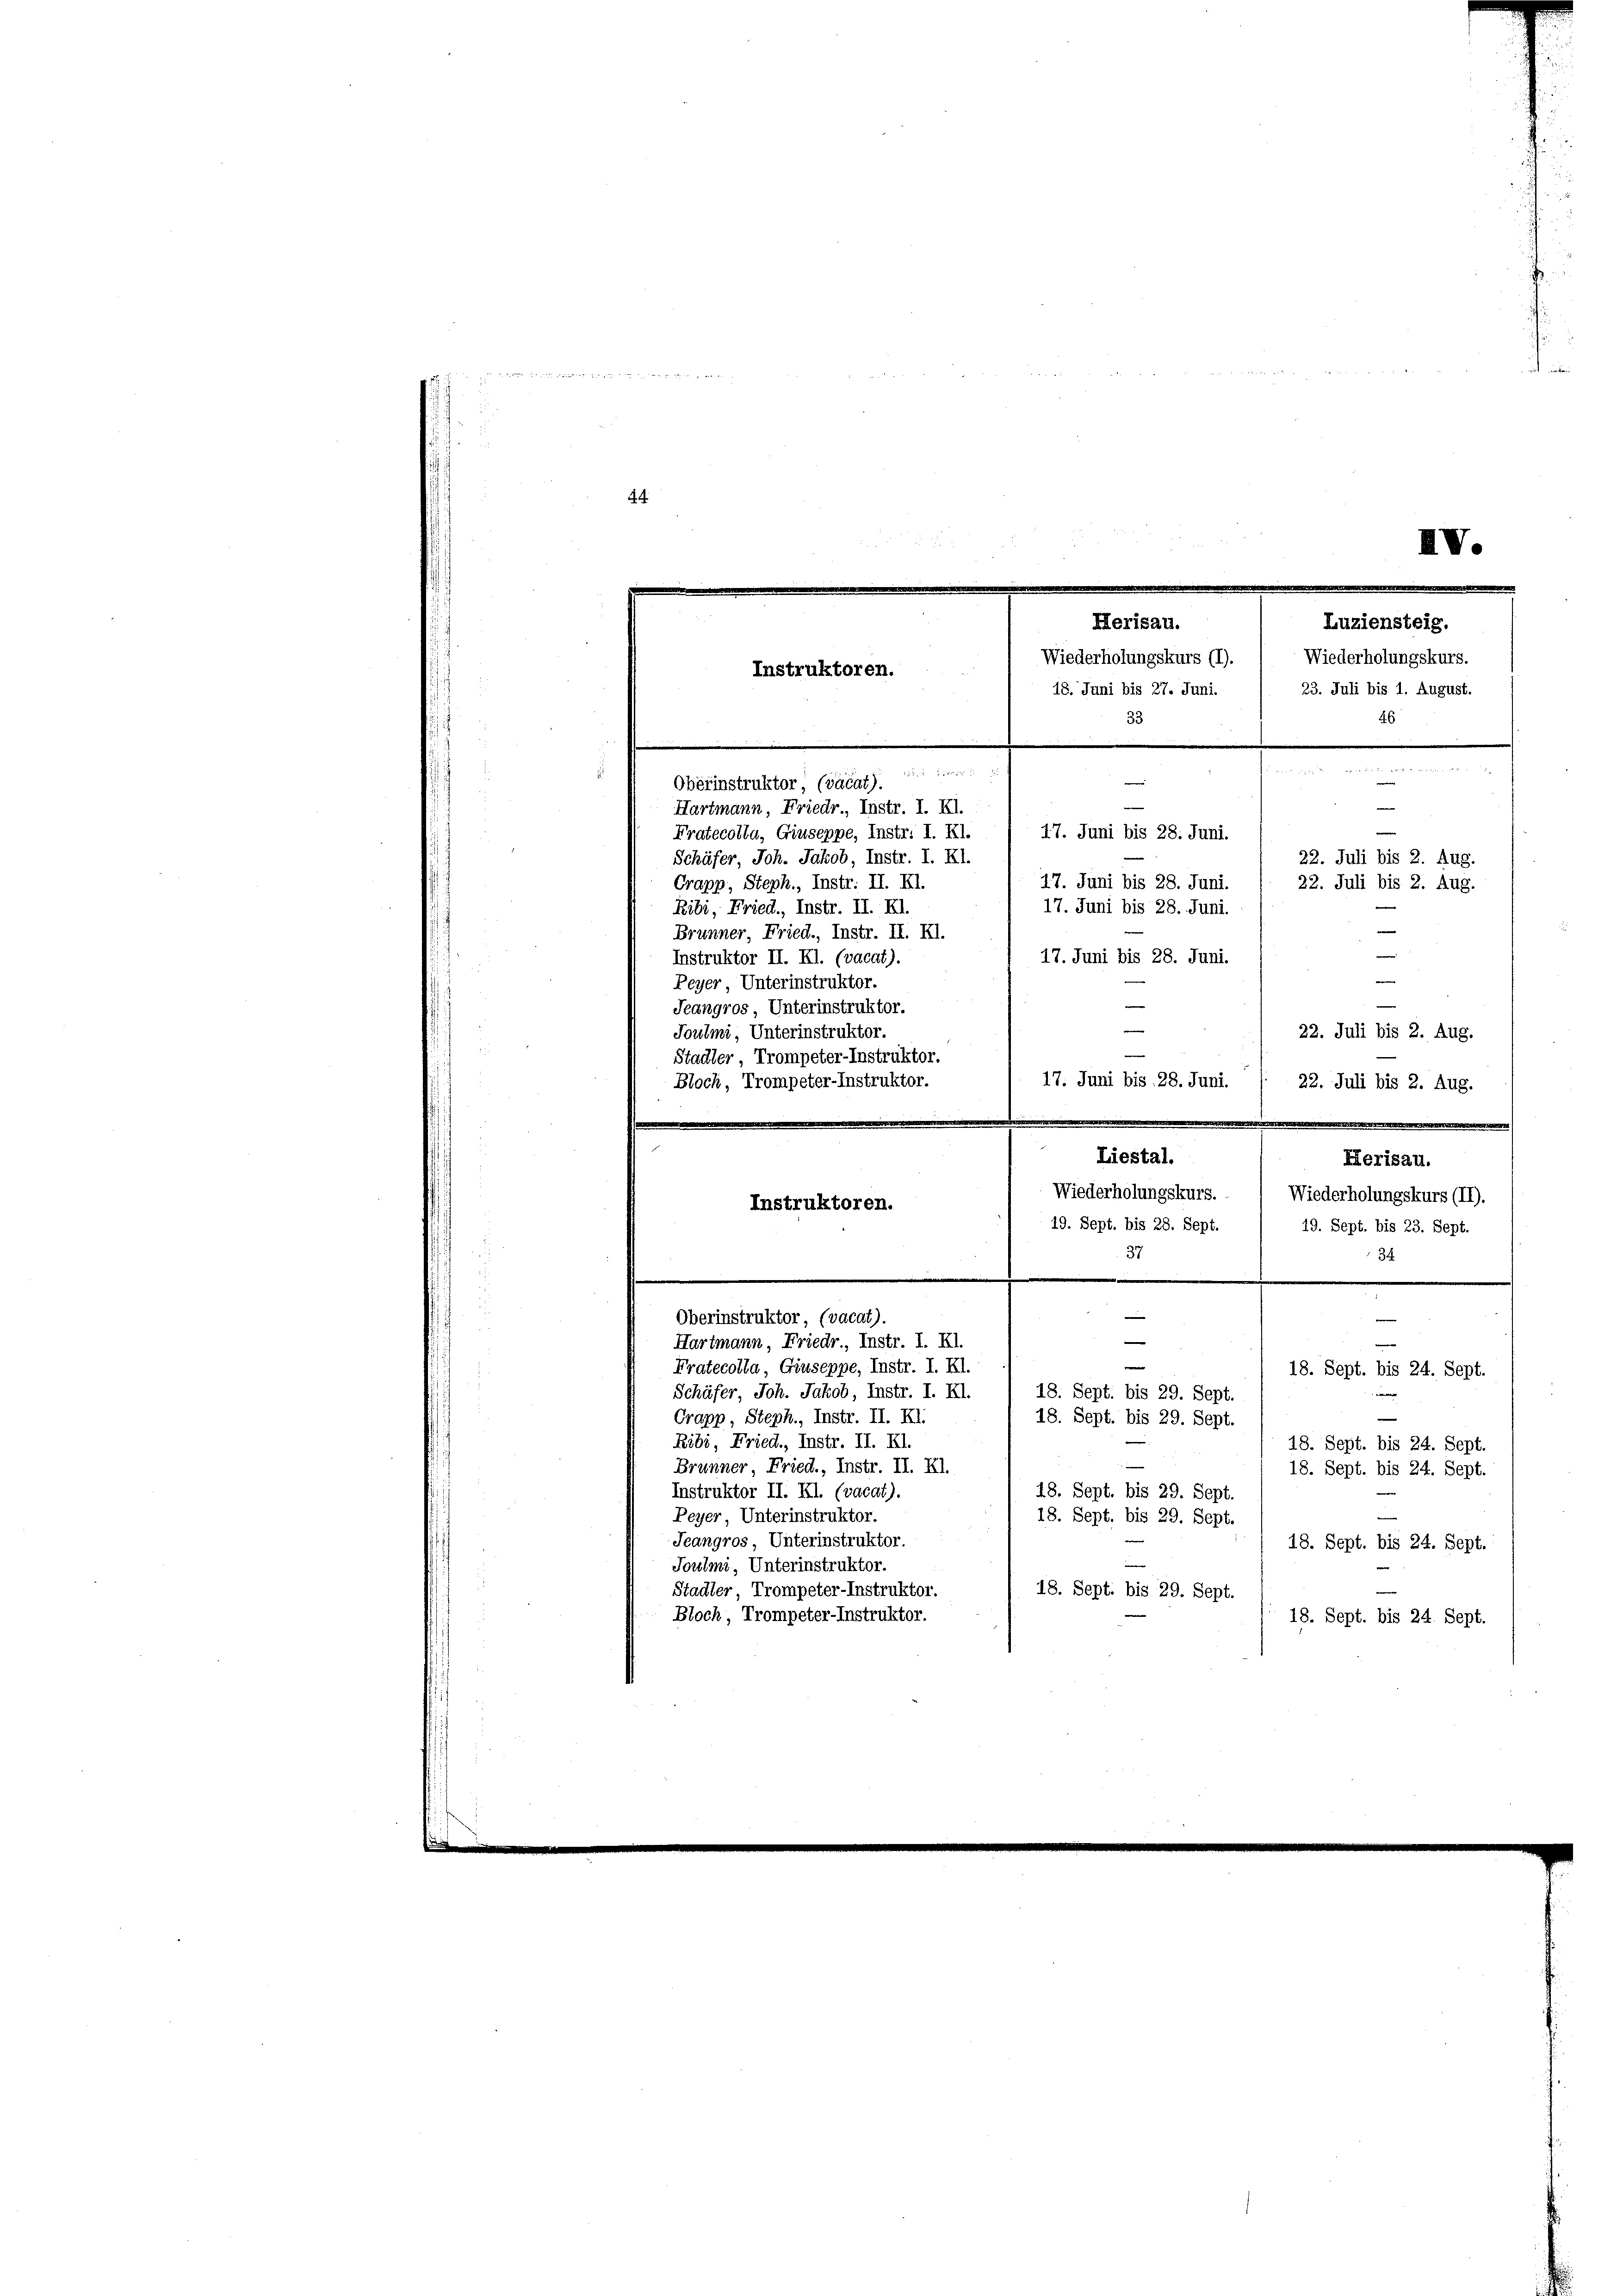
2
  et die Miteres 13 n 1
44
IV.

Luziensteig.
Herisau.
Wiederholungskurs.
Wiederholungskurs (I).
Instruktoren.
23. Juli bis 1. August.
18. Juni bis 27. Juni.
46
33

17. Juni bis 28. Juni.

17. Juni bis 28. Juni.
17. Juni bis 28. Juni.
17. Juni bis 28. Juni.

1524 u. ich
Obérinstruktor (väcat)
Hartmann, Friedr., Instr. I. Kl.
Fratecolla, Giuseppe, Instr. I. Kl.
Schäfer, Joh. Jakob, Instr. I. Kl.
Crapp, Steph., Instr. II. Kl.
Ribi, Fried., Instr. II. Kl.
Brunner, Fried., Instr. II. Kl.
Instruktor II. Kl. (vacat).
Peyer Unterinstruktor.
Jeangros, Unterinstruktor.
Joulmi Unterinstruktor.
Stadler, Trompeter-Instruktor.
17. Juni bis 28. Juni.
Bloch, Trompeter-Instruktor.
Liestal.
Wiederholungskurs. Wiederholungskurs (II).
Instruktoren.
19. Sept. bis 28. Sept.
19. Sept. bis 23. Sept.
37
34
e
Oberinstruktor (vacat).
¬
Hartmann, Friedr Instr. I. Kl.
Pratecolla, Giuseppe, Instr. I. Kl.
18. Sept. bis 24. Sept.
18. Sept. bis 29. Sept.
Schäfer, Joh. Jakob, Instr. I. Kl.
Crapp, Steph., Instr. II. XI.
18. Sept. bis 29. Sept.
Ribi, Fried., Instr. II. Kl.
18. Sept. bis 24. Sept.
.
Brunner, Fried., Instr. II. Kl.
18. Sept. bis 24. Sept.
48. Sept. bis 29. Sept.
Instruktor II. Kl. (vacat).
Peyer, Unterinstruktor.
18. Sept. bis 29. Sept.
Jeangros Unterinstruktor.
18. Sept. bis 24. Sept.
Joulmi, Unterinstruktor.
Stadter, Trompeter-Instruktor.
18. Sept. bis 29. Sept.
Bloch, Trompeter-Instruktor.
18. Sept. bis 24. Sept.

e
22. Juli bis 2. Aug.
22. Juli bis 2. Aug.
e
—
—
22. Juli bis 2. Aug.
22. Juli bis 2. Aug.

Herisau.